Black-water fever - Number 35
Disease focus: Fever
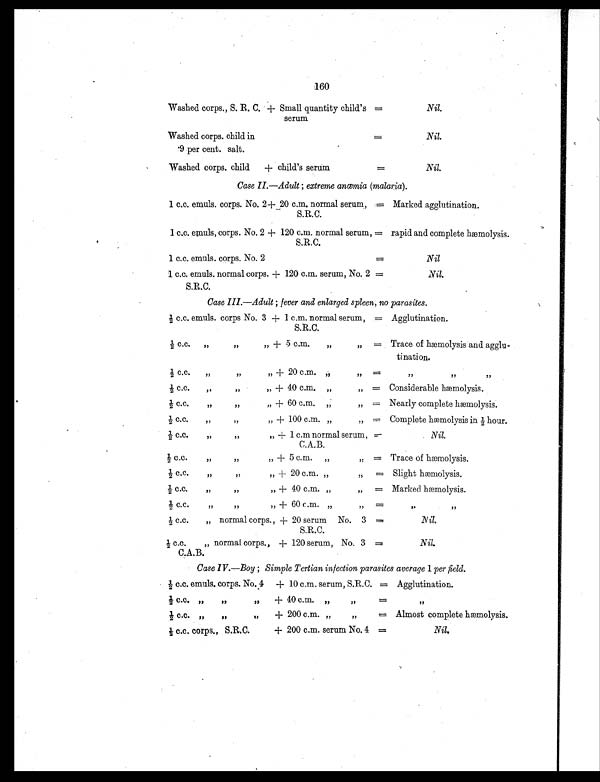
160
Washed corps., S. R. C. + Small quantity child's
serum
=
Nil.
Washed corps. child in
.9 per cent. salt.
=
Nil.
Washed corps. child
+ child's serum
=
Nil.
Case II.—Adult ; extreme anæmia (malaria).
1 c.c. emuls. corps. No. 2 +
2 0 c . m . n o r m a l s e r u m ,
S.R.C.
= Marked agglutination.
1 c.c. emuls, corps. No. 2 + 120 c.m. normal serum,
S.R.C.
= rapid and complete hmolysis.
1 c.c. emuls. corps. No. 2
=
Nil
1 c.c. emuls. normal corps.
S.R.C.
+ 1 120 c.m. serum, No. 2 =
Nil.
Case III.—Adult ; fever and enlarged spleen, no parasites.
½ c.c. emuls. corps No. 3 + 1 c.m. normal serum,
S.R.C.
= Agglutination.
½ c. c. , , , , „
+ 5 c.m.
„
„ = Trace of hæmolysis and agglu-
tination.
½ c.c. ,, ,, ,,
+ 20 c.m. ,,
,,
=
, , , , , ,
½ c.c.
„
,,
,,
+ 40 c.m. „ ,, = Considerable hæmolysis.
½ c.c. „
+ 60 c.m. ,,
,, = Nearly complete hæmolysis.
½ c.c.
„
,, ,,
+ 100 c.m. „
„ = Complete hæmolysis in ½ hour.
½ c.c.
„
,,
+ 1 c.m. normal serum,
C.A.B.
=
Nil.
½ ' c.c., ,,
„ + 5 c . m. „
„ = Trace of hæmolysis.
½ c.c. ,, ,, „
+ 20 c.m. „
, ,
= Slight hæmolysis.
½ c.c.
„
,,
,,
+ 40 c.m. „
, ,
= Marked hæmolysis.
½ c.c. „ „ „
+ 60 c.m. „
„
=
,,
, ,
½ c.c. ,, normal corps., + 20 serum No. 3
S.R.C.
=
Nil.
½ c.c. „ normal corps.,
C.A.B.
+ 120 serum, No. 3 =
Nil.
Case IV .—Boy ; Simple Tertian infection parasites average 1 per field.
½ c.c. emuls. corps. No. 44 + 10 c.m. serum, S.R.C. = Agglutination.
½ c.c.•
,, ,,
, ,
+ 40 ,, .,,. „
,,
=
, ,
½ c.c. ,, ,, „
+ 200 c.m. „ ,,
= Almost complete hæmolysis.
½ c.c. corps., S.R.C.
+ 200 c.m. serum No. 4 =
Nil.